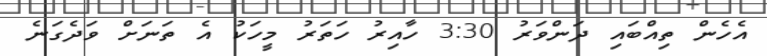
އެހެން ތިއްބައި ދަންވަރު 3:30 ހާއިރު ހަތަރު މީހަކު އެ ތަނަށް ވަދެގަނެ